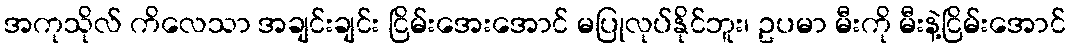
အကုသိုလ် ကိလေသာ အချင်းချင်း ငြိမ်းအေးအောင် မပြုလုပ်နိုင်ဘူး၊ ဥပမာ မီးကို မီးနဲ့ငြိမ်းအောင်